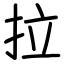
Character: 拉